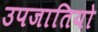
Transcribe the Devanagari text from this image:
उपजातियो